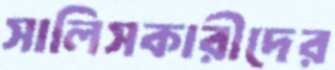
সালিসকারীদের